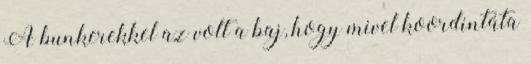
A bunkerekkel az volt a baj, hogy mivel koordintáta